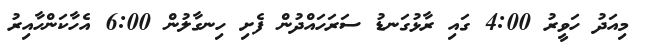
މިއަދު ހަވީރު 4:00 ގައި ރާޅުގަނޑު ސަރަހައްދުން ފެށި ހިނގާލުން 6:00 އެހާކަންހާއިރު